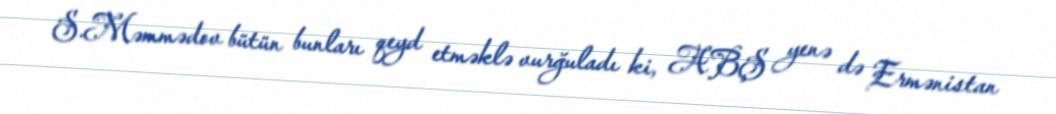
S.Məmmədov bütün bunları qeyd etməklə vurğuladı ki, ABŞ yenə də Ermənistan